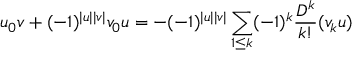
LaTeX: u _ { 0 } v + ( - 1 ) ^ { | u | | v | } v _ { 0 } u = - ( - 1 ) ^ { | u | | v | } \sum _ { 1 \leq k } ( - 1 ) ^ { k } \frac { D ^ { k } } { k ! } ( v _ { k } u )